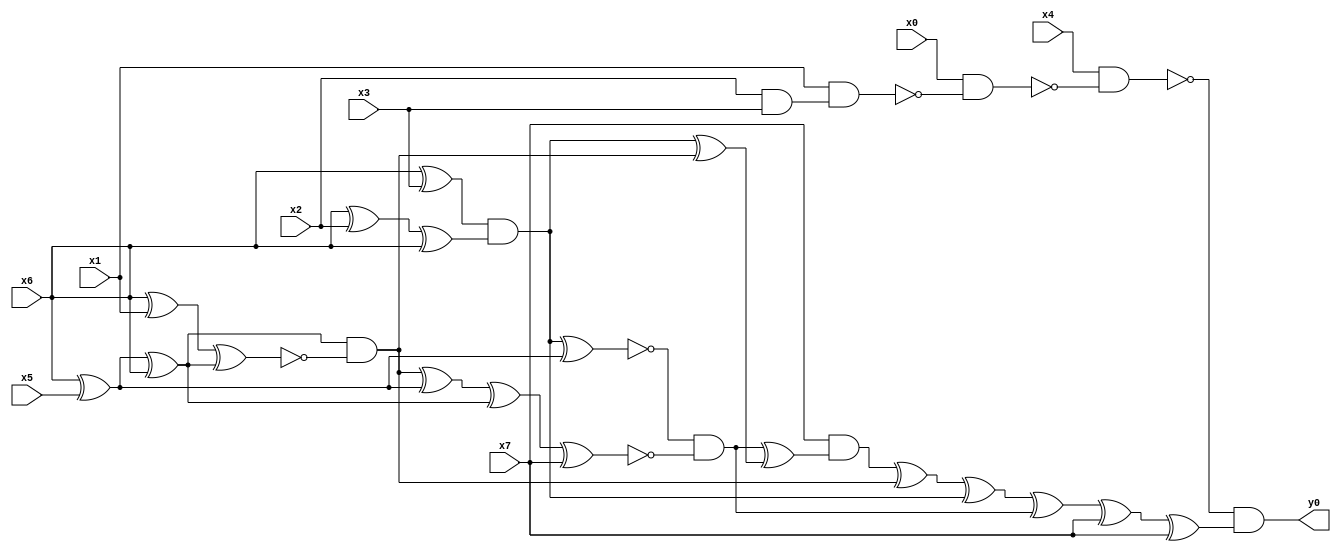
module top( x0 , x1 , x2 , x3 , x4 , x5 , x6 , x7 , y0 );
  input x0 , x1 , x2 , x3 , x4 , x5 , x6 , x7 ;
  output y0 ;
  wire n9 , n10 , n11 , n12 , n13 , n14 , n15 , n16 , n17 , n18 , n19 , n20 , n21 , n22 , n23 , n24 , n25 , n26 , n27 , n28 , n29 , n30 , n31 , n32 , n33 , n34 , n35 ;
  assign n9 = x2 & x3 ;
  assign n10 = x1 & n9 ;
  assign n11 = x0 & ~n10 ;
  assign n12 = x4 & ~n11 ;
  assign n18 = x6 ^ x3 ;
  assign n19 = x6 ^ x2 ;
  assign n20 = n19 ^ x6 ;
  assign n21 = n18 & n20 ;
  assign n13 = x6 ^ x5 ;
  assign n23 = n21 ^ n13 ;
  assign n14 = n13 ^ x6 ;
  assign n15 = x6 ^ x1 ;
  assign n16 = n15 ^ n14 ;
  assign n17 = n14 & ~n16 ;
  assign n24 = n17 ^ n13 ;
  assign n25 = n24 ^ n14 ;
  assign n26 = n25 ^ x7 ;
  assign n27 = ~n23 & ~n26 ;
  assign n22 = n21 ^ n17 ;
  assign n28 = n27 ^ n22 ;
  assign n29 = x7 & n28 ;
  assign n30 = n29 ^ n17 ;
  assign n31 = n30 ^ n21 ;
  assign n32 = n31 ^ n27 ;
  assign n33 = n32 ^ x7 ;
  assign n34 = n33 ^ x7 ;
  assign n35 = ~n12 & n34 ;
  assign y0 = n35 ;
endmodule